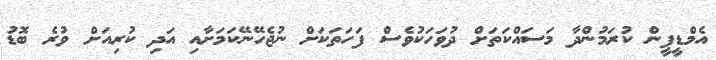
އެމްޑީޕީން ކުރަމުންދާ މަސައްކަތަށް ދުވަހަކުވެސް ފަހަތަކަށް ނުޖެހޭނޭކަމަށާއި އަދި ކުރިއަށް ވުރެ ބޮޑު